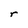
Character: r